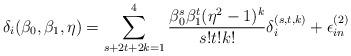
LaTeX: \begin{align*}\delta_i(\beta_0,\beta_1,\eta)=\sum_{s+2t+2k=1}^{4}\frac{\beta_0^s\beta_1^t(\eta^2-1)^k} {s!t!k!}\delta^{(s,t,k)}_i +\epsilon_{in}^{(2)}\end{align*}